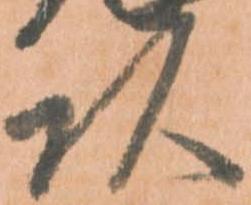
頭